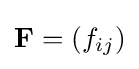
\textstyle \mathbf {F} =(f_{ij})